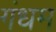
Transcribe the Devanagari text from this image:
गंधम